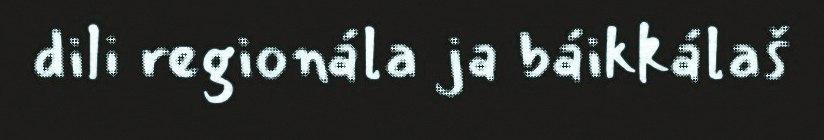
dili regionála ja báikkálaš